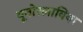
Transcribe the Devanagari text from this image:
यूनोस्लाविया